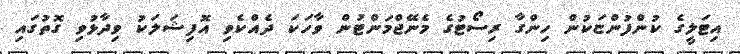
އިޓަލީގެ ކުންފުންޏަކުން ހިންގާ ރިސޯޓުގެ މެނޭޖްމަންޓުން ވާހަކަ ދެއްކެވި އޮފިޝަލަކު ވިދާޅުވި ގޮތުގައި